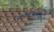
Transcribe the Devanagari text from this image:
सायबरयात्रींनी